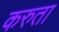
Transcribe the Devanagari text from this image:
करुता